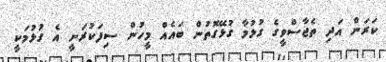
ކަރަން އަދި ތެޖާސްވީގެ ގުޅުމާ ގުޅޭގޮތުން ބައެއް މީހުން ސިފަކުރަނީ އެ ގުޅުމަކީ